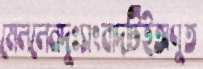
মেললেনদুঃসংবাদটিইঅণুত